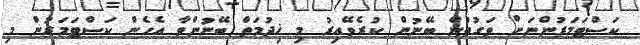
ކަސްޓަމަރުންނަށް ވަގުތުން ބޭނުން ކުރެވޭއިރު މި ޚިދުމަތް ބޭނުންވާ އެހެން ކަސްޓަމަރުން މި